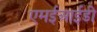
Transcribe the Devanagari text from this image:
एमईआईडी